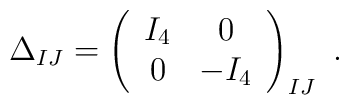
\Delta_{IJ}=\left(\begin{array}{cc}I_{4} & 0 \\0 & -I_{4} \end{array}\right)_{IJ} ~ .